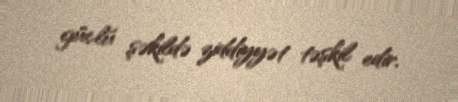
güclü şəkildə ziddiyyət təşkil edir.